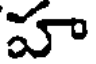
హా